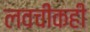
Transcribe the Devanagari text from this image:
लवचीकही